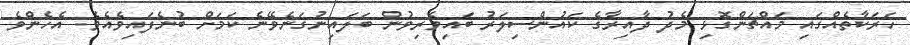
ހަރަކާތެއްގައި މައްޗަންގޮޅި މެދު ދާއިރާގެ ކައުންސިލަރު ބައިވެރިވުން ބަލައިނުގަނެވޭނެ ކަމަށް ބުނެފައިވެއެވެ. އެހެންވެ